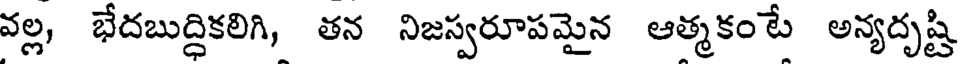
వల్ల, భేదబుద్ధికలిగి, తన నిజస్వరూపమైన ఆత్మకంటే అన్యదృష్టి